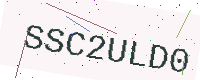
Text: SSC2ULD0